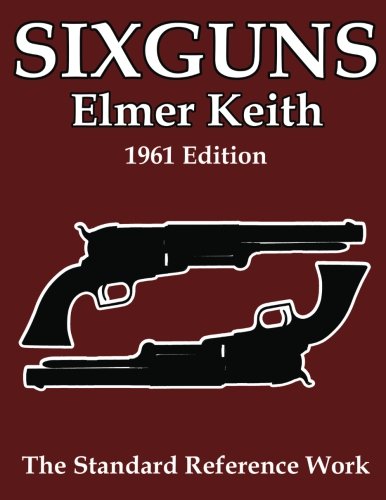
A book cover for Sixguns: 1961 Edition; Elmer Keith; Sports & Outdoors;